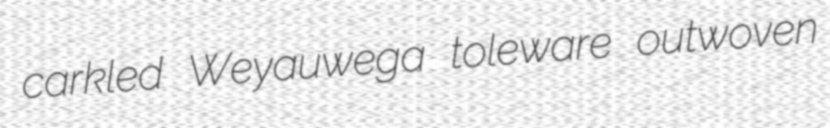
carkled Weyauwega toleware outwoven